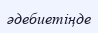
әдебиетіңде